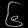
Digit: ၆